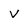
Character: v